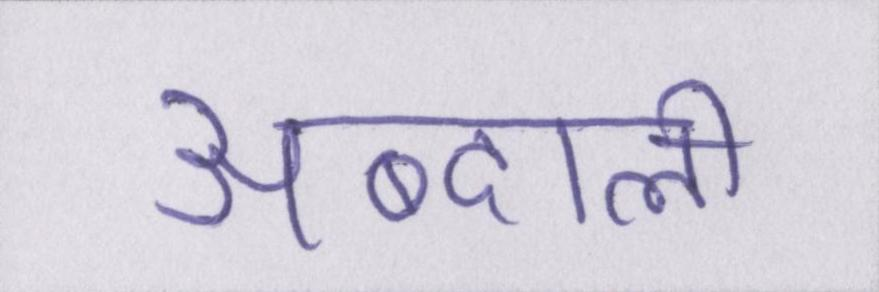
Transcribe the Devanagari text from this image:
अब्दाली